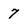
Character: 7